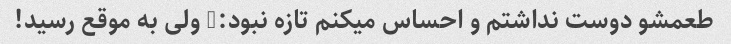
طعمشو دوست نداشتم و احساس میکنم تازه نبود:) ولی به موقع رسید!